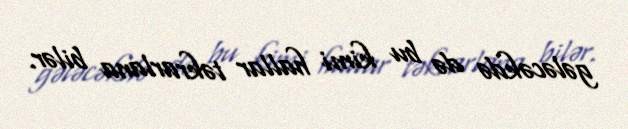
gələcəkdə də bu kimi hallar təkrarlana bilər.